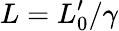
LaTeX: L=L_{0}^{\prime}/\gamma